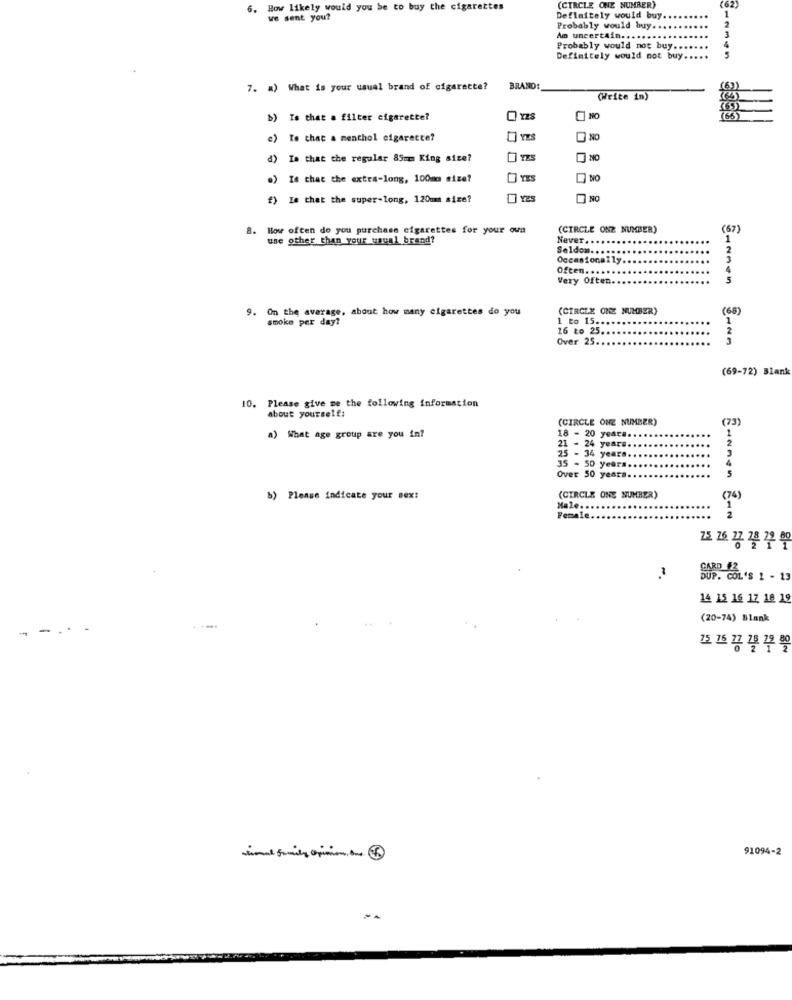
6. How likely would you be to buy the cigarettes
(CIRCLE ONE NUMBER)
(62)
we sent you?
Deflaitely would buy.
Probably would buy.
Am uncertain ....
Probably would not buy ...
Definitely would not buy.
7. a) What is your usual brand of cigarette?
BRAND:
(Write in)
b) Is that a filter cigarette?
c) To that a menthol cigarette?
d) Is that the regular 85mm King size?
NO
.) Is chac the extra-long, 100mm size?
YES
NO
f) Ie that the super-long, 120mm size?
YES
NO
8. How often do you purchase cigarettes for your own
(CIRCLE ONE NUMBER)
67]
use other than your usual brand?
Never. ..
Seldon ........
Occasionally ..
Often .........
4
Very Often ....
5
9. On the average, about how many cigarettes do you
(CIRCLE ONE NUMBER)
(68)
smoke per day?
1 to 15 ..
16 to 25.
Over 25 ..
(69-72) Blank
10. Please give me the following information
about yourself:
(CIRCLE ONE NUMBER)
(73)
18 - 20 yeara.
a) What age group are you in?
21 - 24 year ...
1
25 - 34 years ..
35 - 50 years.
Over 50 yeara.
5
b) Please indicate your sex:
(CIRCLE ONE NUMBER)
(74)
Male ..
Female
SUP. COL'S 1 - 13
14 15 16 17 18 19
(20-74) Blank
75. 16 17 28 12 80
91094-2
stimul family opinion, bus